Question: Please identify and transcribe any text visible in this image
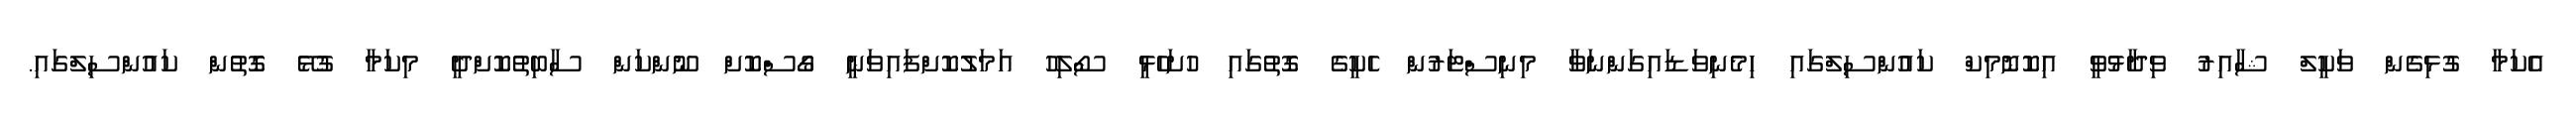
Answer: އެކަމާ ގުޅިގެން ވަކީލް ޝާއިރު ވިދާޅުވީ އިކޮނޮމިކް ކައުންސިލްގައި ހިމެނިވަޑައިގަންނަވާ މިނިސްޓަރުން ހެކީގެ ގޮތުގައި ހުށަހެޅީ ސޯލިހު އަމަލުކޮށްފައިވަނީ ގޯސްކޮށް ނޫންކަން ސާބިތުކޮށްދީ މިކަމާ ގުޅޭ ގޮތުން ކައުންސިލްގައި.